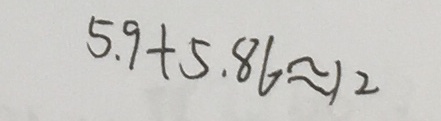
5 . 9 + 5 . 8 6 \approx 1 2